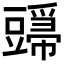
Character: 𬤸